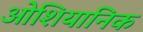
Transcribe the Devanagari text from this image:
ओशियानिक